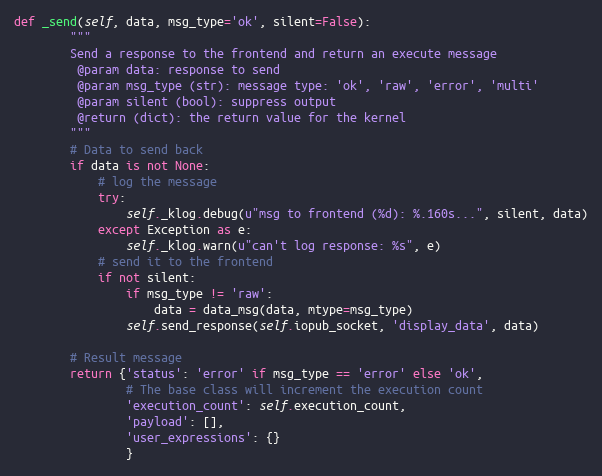
Language: Python
def _send(self, data, msg_type='ok', silent=False):
        """
        Send a response to the frontend and return an execute message
         @param data: response to send
         @param msg_type (str): message type: 'ok', 'raw', 'error', 'multi'
         @param silent (bool): suppress output
         @return (dict): the return value for the kernel
        """
        # Data to send back
        if data is not None:
            # log the message
            try:
                self._klog.debug(u"msg to frontend (%d): %.160s...", silent, data)
            except Exception as e:
                self._klog.warn(u"can't log response: %s", e)
            # send it to the frontend
            if not silent:
                if msg_type != 'raw':
                    data = data_msg(data, mtype=msg_type)
                self.send_response(self.iopub_socket, 'display_data', data)

        # Result message
        return {'status': 'error' if msg_type == 'error' else 'ok',
                # The base class will increment the execution count
                'execution_count': self.execution_count,
                'payload': [],
                'user_expressions': {}
                }